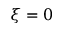
\xi = 0